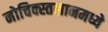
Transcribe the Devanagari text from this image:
नोचिक्स्तलानमध्ये